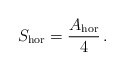
\begin{align*}S_{\rm hor} = \frac{A_{\rm hor}}{4} \,.\end{align*}